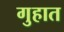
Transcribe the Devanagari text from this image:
गुहात